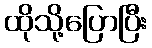
ထိုသို့ပြောပြီး